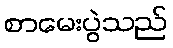
စာမေးပွဲသည်